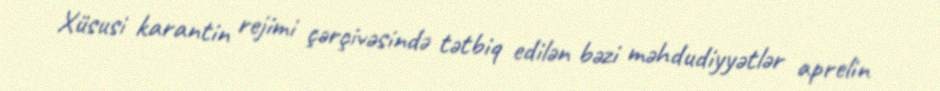
Xüsusi karantin rejimi çərçivəsində tətbiq edilən bəzi məhdudiyyətlər aprelin